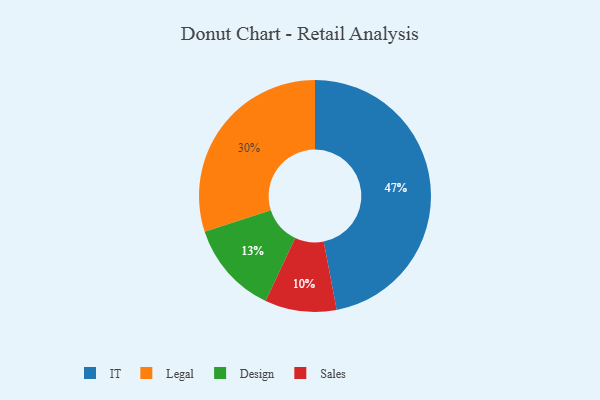
{"axis": {"x": "Category", "y": "Percentage"}, "legend": ["Design", "IT", "Legal", "Sales"], "data": [{"x": "IT", "y": 47, "type": "IT"}, {"x": "Design", "y": 13, "type": "Design"}, {"x": "Sales", "y": 10, "type": "Sales"}, {"x": "Legal", "y": 30, "type": "Legal"}]}